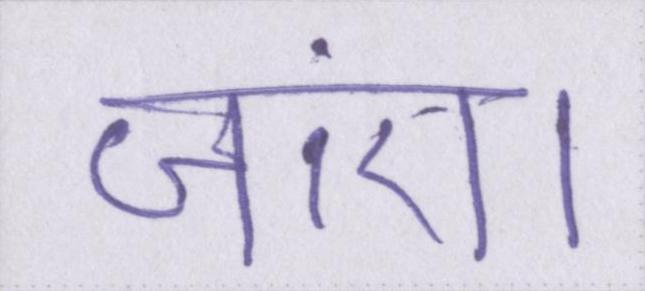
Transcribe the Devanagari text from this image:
जाएं।